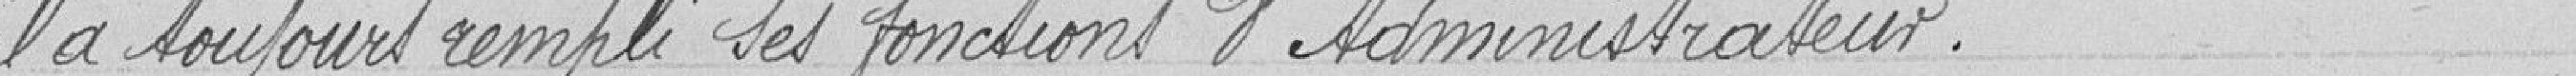
il a toujours rempli ses fonctions d'Administrateur.